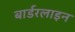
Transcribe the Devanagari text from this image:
बार्डरलाइन